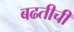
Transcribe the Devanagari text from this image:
बढतीची